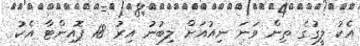
އެކު ލީގުގެ ތިން ވަނަ ނިއުއަށް ލިބުނު އިރު 18 ޕޮއިންޓާ އެކު